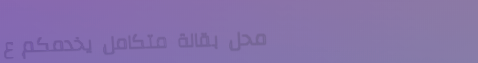
محل بقالة متكامل يخدمكم ع